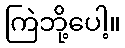
ကြဲဘို့ပေါ့။